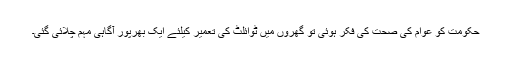
حکومت کو عوام کی صحت کی فکر ہوئی تو گھروں میں ٹوائلٹ کی تعمیر کیلئے ایک بھرپور آگاہی مہم چلائی گئی۔